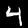
Digit: 4